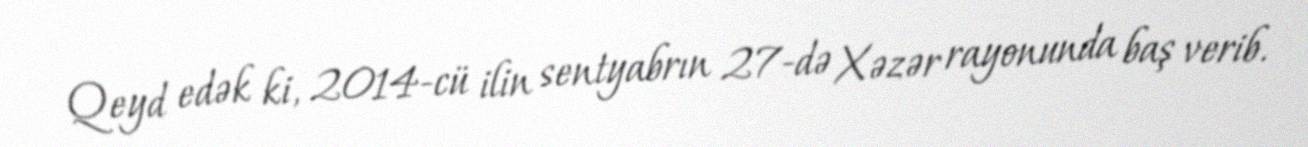
Qeyd edək ki, 2014-cü ilin sentyabrın 27-də Xəzər rayonunda baş verib.